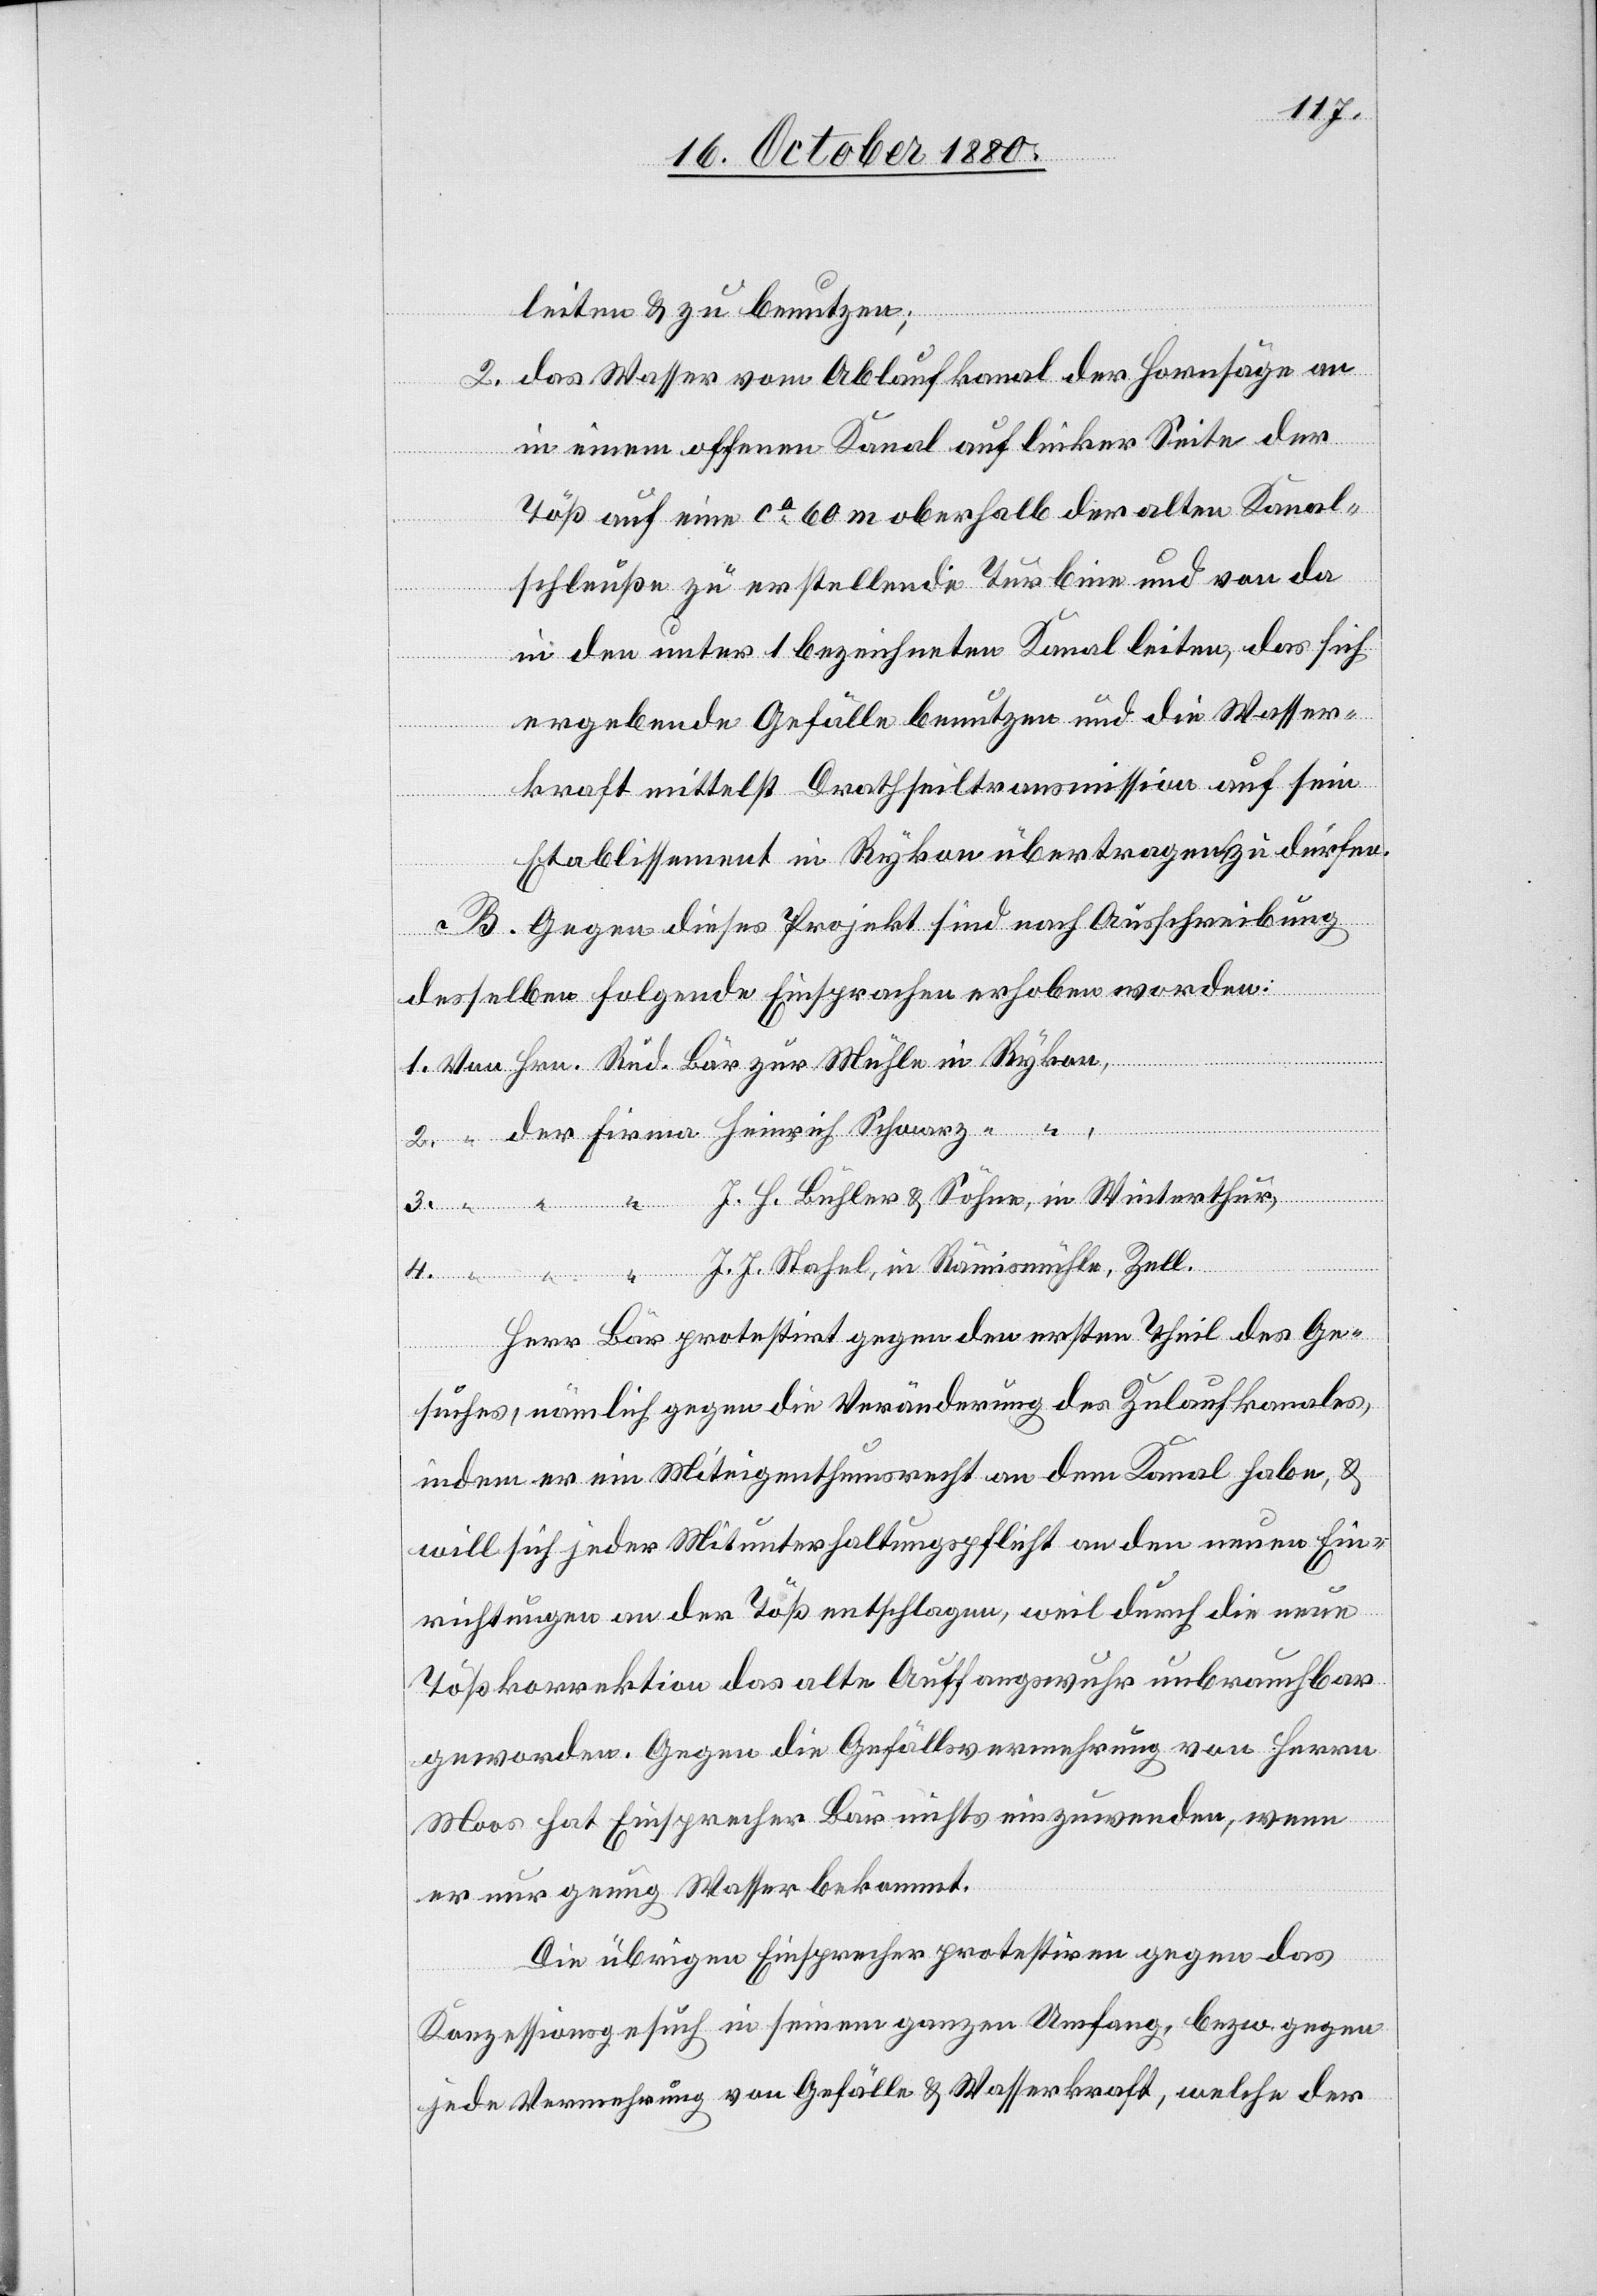
“
leiten & zu benutzen;
2. das Wasser vom Ablaufkanal der Hornsäge an
in einem offenen Kanal auf linker Seite der
der
Töß auf eine ca 60 m oberhalb der alten Kanal¬
schleuße zu erstellende Turbine und von da
in den unter 1 bezeichneten Kanal leiten, das sich
ergebende Gefälle benutzen und die Wasser¬
kraft mittelst Drathseiltransmission auf sein
Etablissement in Rykon übertragen zu dürfen.
B Gegen dieses Projekt sind nach Ausschreibung
Heinirch
desselben folgende Einsprachen erhoben worden:
4.
J. H. Bühler & Söhne, in Winterthur,
J. J. Stahel, in Rämismühle, Zell.
Herr Bär protestirt gegen den ersten Theil des Ge¬
suches, nämlich gegen die Veränderung des Zulaufkanals,
indem er ein Miteigenthumsrecht an dem Kanal habe, &
will sich jeder Mitunterhaltungspflicht an den neuen Ein¬
richtungen an der Töß entschlagen, weil durch die neue
Tößkorrektion das alte Auffangswuhr unbrauchbar
geworden. Gegen die Gefällsvermehrung von Herren
Moos hat Einsprecher Bär nichts einzuwenden, wenn
er nur genug Wasser bekommt.
Die übrigen Einsprecher protestiren gegen das
Konzessionsgesuch in seinem ganzen Umfang, bezw. gegen
jede Vermehrung von Gefälle & Wasserkraft, welche der